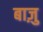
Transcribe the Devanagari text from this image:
बाज़ु